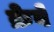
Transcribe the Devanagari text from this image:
क्रेबे